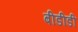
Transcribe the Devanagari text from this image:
बीडीडी